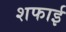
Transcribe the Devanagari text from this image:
शफाई